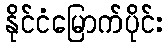
နိုင်ငံမြောက်ပိုင်း